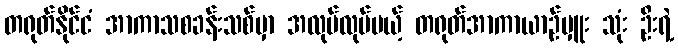
တရုတ်နိုင်ငံ အာကာသစခန်းသစ်မှာ အလုပ်လုပ်မယ့် တရုတ်အာကာယာဉ်မှူး သုံး ဦးရဲ့